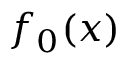
f _ { 0 } ( x )